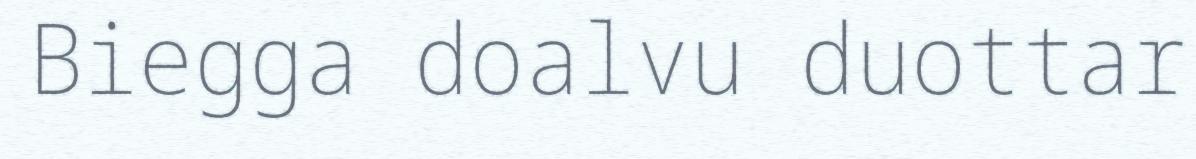
Biegga doalvu duottar